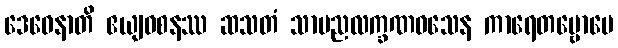
ဒေဝေနာတိ ဧယျဝစနဿ ဆသတံ သာမညလက္ခဏဝသေန ကာရေတဗ္ဗောပေ